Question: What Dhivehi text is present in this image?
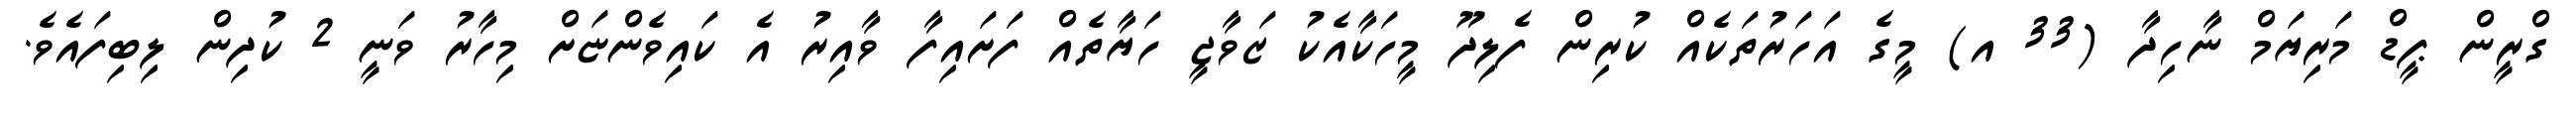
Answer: ގްރީން ޕީޑް މަރިޔަމް ނާހިދާ (33 އ) މީގެ އަހަރުތަކެއް ކުރިން ފެލިދޫ މީހަކާއެކު ޒަވާޖީ ހަޔާތެއް ފަށައިފާ ވާއިރު އެ ކައިވެންޏަށް މިހާރު ވަނީ 2 ކުދިން ލިބިފައެވެ.